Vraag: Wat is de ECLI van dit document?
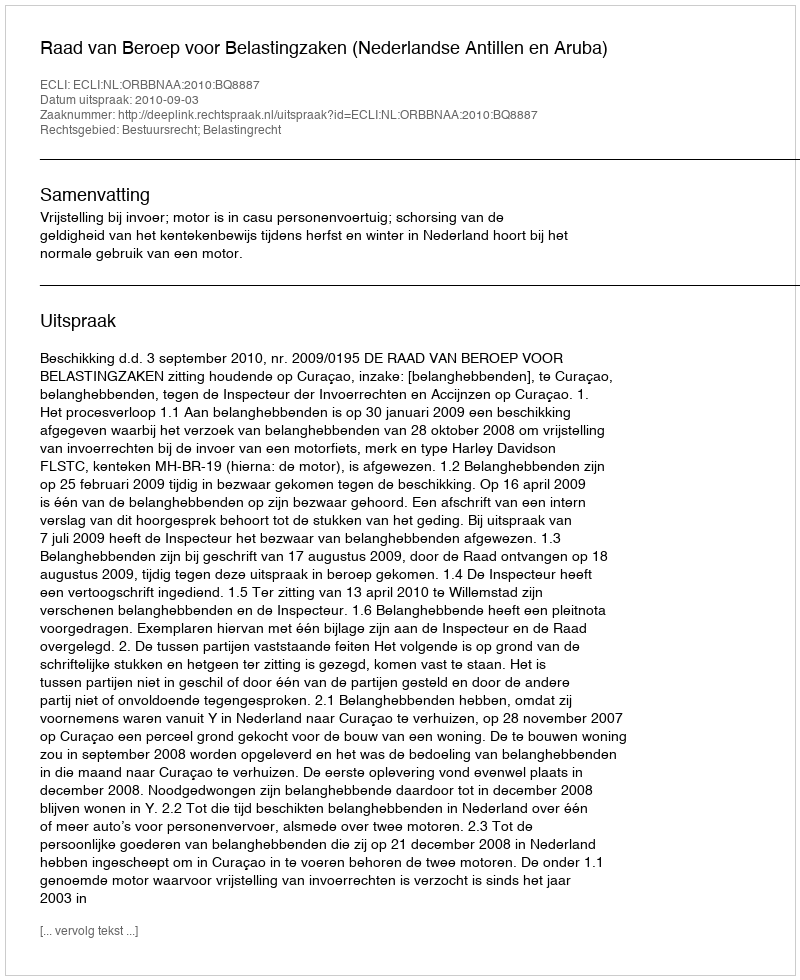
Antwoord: ECLI:NL:ORBBNAA:2010:BQ8887